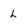
Character: L